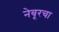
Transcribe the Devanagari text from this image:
नेबूरचा